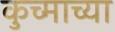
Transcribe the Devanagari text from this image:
कुच्माच्या